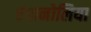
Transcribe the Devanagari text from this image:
एंतानोलिया